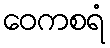
ဝေကစရံ